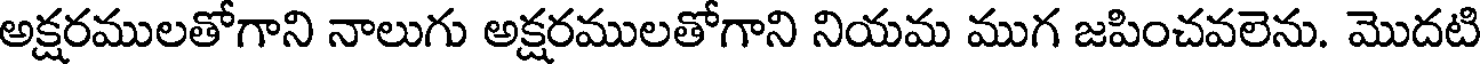
అక్షరములతోగాని నాలుగు అక్షరములతోగాని నియమ ముగ జపించవలెను. మొదటి